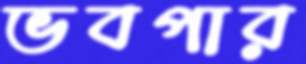
ভবপার